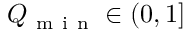
Q _ { \mathrm { ~ m ~ i ~ n ~ } } \in ( 0 , 1 ]